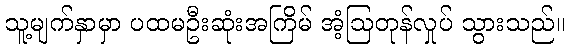
သူ့မျက်နှာမှာ ပထမဦးဆုံးအကြိမ် အံ့ဩတုန်လှုပ် သွားသည်။